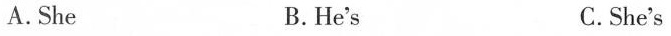
A.She B.He's C.She's